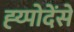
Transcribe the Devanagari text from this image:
ह्य्पोदेंसे